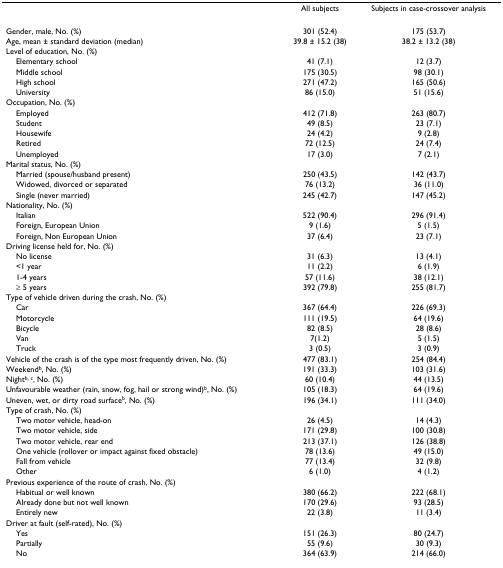
<table><thead><tr><td></td><td><b>All subjects</b></td><td><b>Subjects in case-crossover analysis</b></td></tr></thead><tbody><tr><td>Gender, male, No. (%)</td><td>301 (52.4)</td><td>175 (53.7)</td></tr><tr><td>Age, mean ± standard deviation (median)</td><td>39.8 ± 15.2 (38)</td><td>38.2 ± 13.2 (38)</td></tr><tr><td>Level of education, No. (%)</td><td></td><td></td></tr><tr><td> Elementary school</td><td>41 (7.1)</td><td>12 (3.7)</td></tr><tr><td> Middle school</td><td>175 (30.5)</td><td>98 (30.1)</td></tr><tr><td> High school</td><td>271 (47.2)</td><td>165 (50.6)</td></tr><tr><td> University</td><td>86 (15.0)</td><td>51 (15.6)</td></tr><tr><td>Occupation, No. (%)</td><td></td><td></td></tr><tr><td> Employed</td><td>412 (71.8)</td><td>263 (80.7)</td></tr><tr><td> Student</td><td>49 (8.5)</td><td>23 (7.1)</td></tr><tr><td> Housewife</td><td>24 (4.2)</td><td>9 (2.8)</td></tr><tr><td> Retired</td><td>72 (12.5)</td><td>24 (7.4)</td></tr><tr><td> Unemployed</td><td>17 (3.0)</td><td>7 (2.1)</td></tr><tr><td>Marital status, No. (%)</td><td></td><td></td></tr><tr><td> Married (spouse/husband present)</td><td>250 (43.5)</td><td>142 (43.7)</td></tr><tr><td> Widowed, divorced or separated</td><td>76 (13.2)</td><td>36 (11.0)</td></tr><tr><td> Single (never married)</td><td>245 (42.7)</td><td>147 (45.2)</td></tr><tr><td>Nationality, No. (%)</td><td></td><td></td></tr><tr><td> Italian</td><td>522 (90.4)</td><td>296 (91.4)</td></tr><tr><td> Foreign, European Union</td><td>9 (1.6)</td><td>5 (1.5)</td></tr><tr><td> Foreign, Non European Union</td><td>37 (6.4)</td><td>23 (7.1)</td></tr><tr><td>Driving license held for, No. (%)</td><td></td><td></td></tr><tr><td> No license</td><td>31 (6.3)</td><td>13 (4.1)</td></tr><tr><td> &lt;1 year</td><td>11 (2.2)</td><td>6 (1.9)</td></tr><tr><td> 1-4 years</td><td>57 (11.6)</td><td>38 (12.1)</td></tr><tr><td> ≥ 5 years</td><td>392 (79.8)</td><td>255 (81.7)</td></tr><tr><td>Type of vehicle driven during the crash, No. (%)</td><td></td><td></td></tr><tr><td> Car</td><td>367 (64.4)</td><td>226 (69.3)</td></tr><tr><td> Motorcycle</td><td>111 (19.5)</td><td>64 (19.6)</td></tr><tr><td> Bicycle</td><td>82 (8.5)</td><td>28 (8.6)</td></tr><tr><td> Van</td><td>7(1.2)</td><td>5 (1.5)</td></tr><tr><td> Truck</td><td>3 (0.5)</td><td>3 (0.9)</td></tr><tr><td>Vehicle of the crash is of the type most frequently driven, No. (%)</td><td>477 (83.1)</td><td>254 (84.4)</td></tr><tr><td>Weekend<sup>b</sup>, No. (%)</td><td>191 (33.3)</td><td>103 (31.6)</td></tr><tr><td>Night<sup>b, c</sup>, No. (%)</td><td>60 (10.4)</td><td>44 (13.5)</td></tr><tr><td>Unfavourable weather (rain, snow, fog, hail or strong wind)<sup>b</sup>, No. (%)</td><td>105 (18.3)</td><td>64 (19.6)</td></tr><tr><td>Uneven, wet, or dirty road surface<sup>b</sup>, No. (%)</td><td>196 (34.1)</td><td>111 (34.0)</td></tr><tr><td>Type of crash, No. (%)</td><td></td><td></td></tr><tr><td> Two motor vehicle, head-on</td><td>26 (4.5)</td><td>14 (4.3)</td></tr><tr><td> Two motor vehicle, side</td><td>171 (29.8)</td><td>100 (30.8)</td></tr><tr><td> Two motor vehicle, rear end</td><td>213 (37.1)</td><td>126 (38.8)</td></tr><tr><td> One vehicle (rollover or impact against fixed obstacle)</td><td>78 (13.6)</td><td>49 (15.0)</td></tr><tr><td> Fall from vehicle</td><td>77 (13.4)</td><td>32 (9.8)</td></tr><tr><td> Other</td><td>6 (1.0)</td><td>4 (1.2)</td></tr><tr><td>Previous experience of the route of crash, No. (%)</td><td></td><td></td></tr><tr><td> Habitual or well known</td><td>380 (66.2)</td><td>222 (68.1)</td></tr><tr><td> Already done but not well known</td><td>170 (29.6)</td><td>93 (28.5)</td></tr><tr><td> Entirely new</td><td>22 (3.8)</td><td>11 (3.4)</td></tr><tr><td>Driver at fault (self-rated), No. (%)</td><td></td><td></td></tr><tr><td> Yes</td><td>151 (26.3)</td><td>80 (24.7)</td></tr><tr><td> Partially</td><td>55 (9.6)</td><td>30 (9.3)</td></tr><tr><td> No</td><td>364 (63.9)</td><td>214 (66.0)</td></tr></tbody></table>